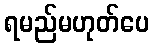
ရမည်မဟုတ်ပေ